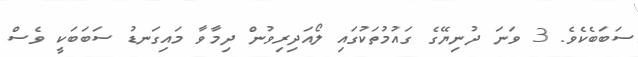
ސަބަބެކެވެ. 3 ވަނަ ދުނިޔޭގެ ގައުމުތަކުގައި ލޯއަދިރިވުން ދިމާވާ މައިގަނޑު ސަބަބަކީ ވެސް